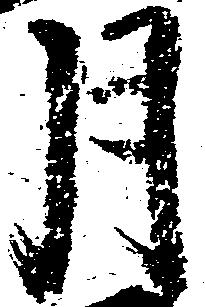
月